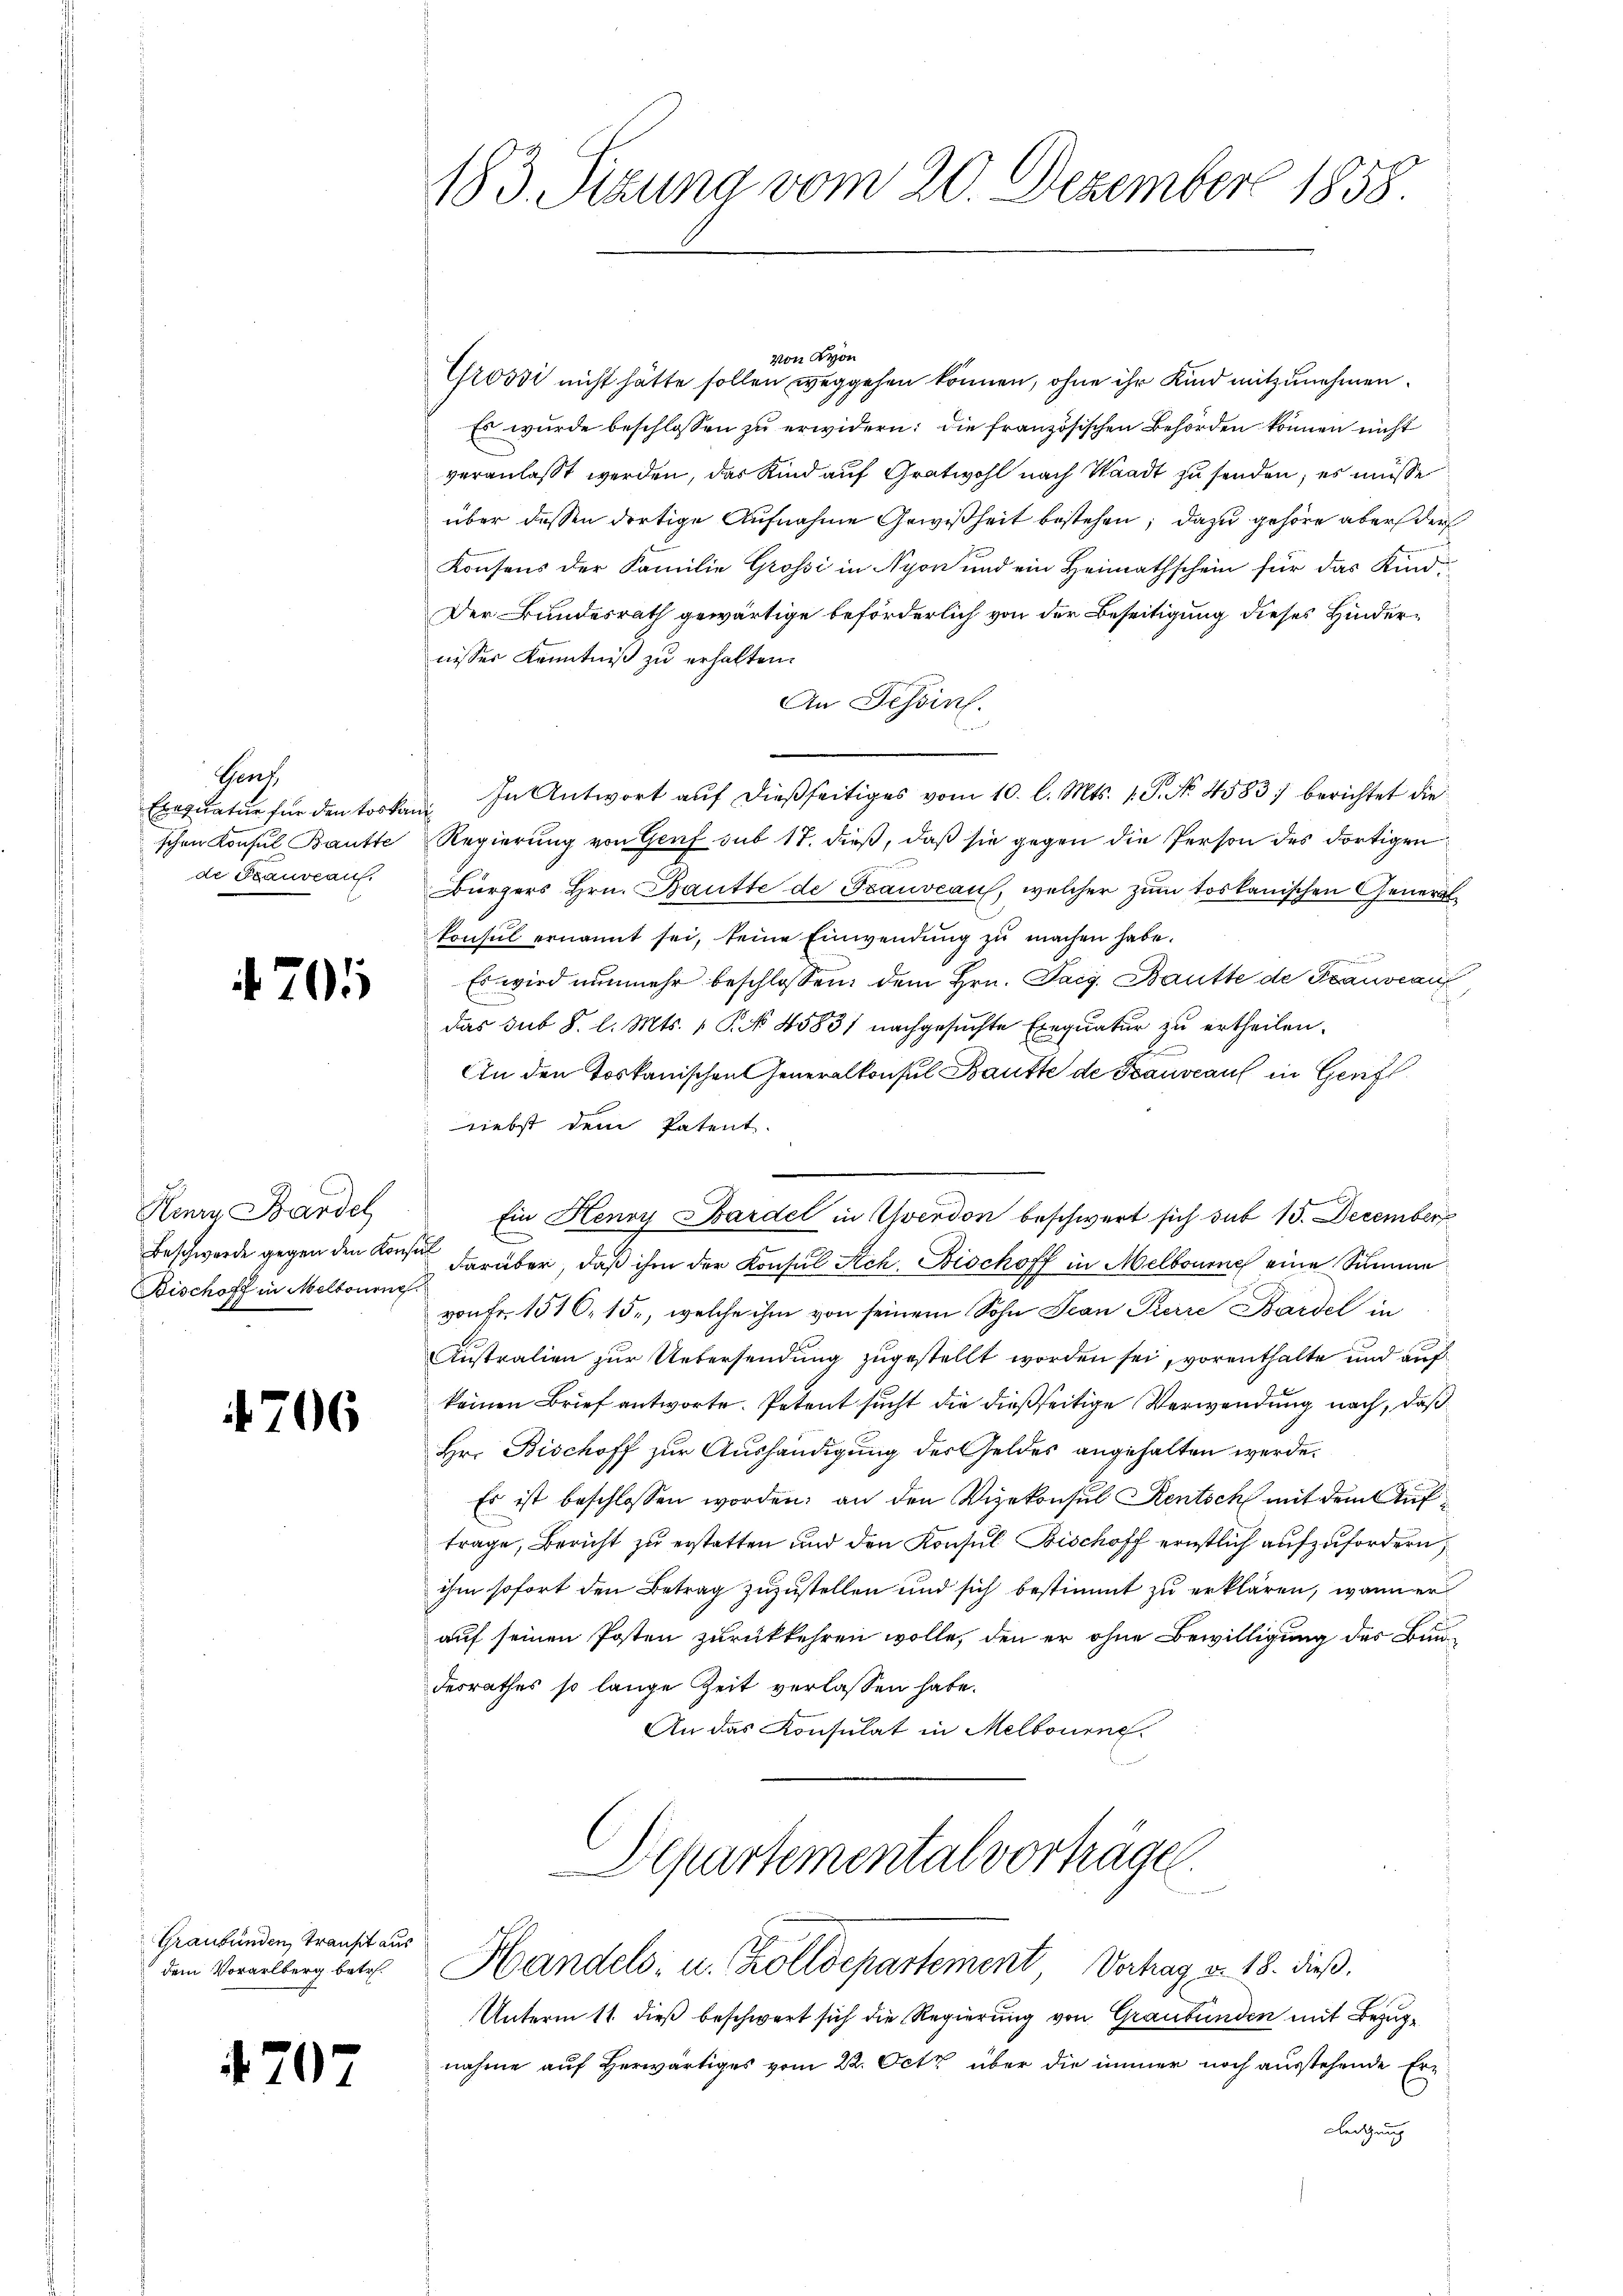
Gr
Exequatur für den toskan
de Trauveau.

4705

Henry Bandel
Beschwerde gegen den Konsul
Bischoff in Melbourne

4706

Graubünden, Transit aus

4707

183. Sizung vom 20. Dezember 1858.

von Lyon
Grossi nicht hätte sollen weggehen können, ohne ihr Kind mitzunehmen.
Es wurde beschlossen zu erwidern: die französischen Behörden können nicht
veranlaßt werden, das Kind auf Gratwohl nach Waadt zu senden; es müsse
über dessen dortige Aŭfnahme Gewißheit bestehen; dazu gehöre aber der
Konsens der Familie Grossi in Nyon und ein Heimathschein für das Kind
Der Bundesrath gewärtige beförderlich von der Beseitigung dieses Hindernisser Kenntniß zu erhalten.
An Tessin.
In Antwort auf dießseitiges vom 10. l. Mts. 1. P. No. 4583 berichtet die
schen Konsul Baute Regierŭng von Genf sub 17. dieβ, daβ sie gegen die Person des dortigen
bürgers Hrn. Bautte de Trauveau, welcher zum toskanischen Generalkonsul ernannt sei, seine Einwendung zu machen habe.
Es wird nunmehr beschlossen, dem Hrn. Taig. Bautte de Translauf
das sub 8. l. Mts. 1 P. No 4583) nachgesuchte Exequatur zu ertheilen.
An den Toskanischen Generalkonsul Baufte de Bauveau in Genfl
iebst dem Patent.
Ein Henry Bardel in verdon beschwert sich sub 15. December
darüber, daß ihm der Konsul Ach, Bischoff in Melbourne eine Summe
von Fr. 1510. 15., welche ihm von seinem Sohn Jean Perre Bardel in
Austration zur Uebersendung zugestellt worden sei, vorenthalte und auf
keinen Brief antworte. Petent sucht die dießseitige Verwendung nach, daß
Hr. Bischoff zur Aushändigung der Geldes angehalten werde.
Es ist beschlossen worden; an den Vizekonsul Kentsch mit dem Auftrage, Bericht zu erstatten und den Konsul Bischoff ernstlich aufzufordern,
ihm sofort den Betrag zuzustellen und sich bestimmt zu erklären, wenn er
auf seinen Posten zurückkehren wolle, den er ohne Bewilligung des Baudesrathes so lange Zeit verlassen habe.
An das Konsulat in Melbourne
Departemental vorträge.
den Vorarlberg betr. Handels- u. Colldepartement Vertrag v. 18. dieβ.
Unterm 11. dieß beschwert sich die Regierung von Graubünden mit Bezugnahme auf Herwärtiges vom 22. Octz über die immer noch ausstehende Erz
leitung